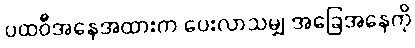
ပထဝီအနေအထားက ပေးလာသမျှ အခြေအနေကို